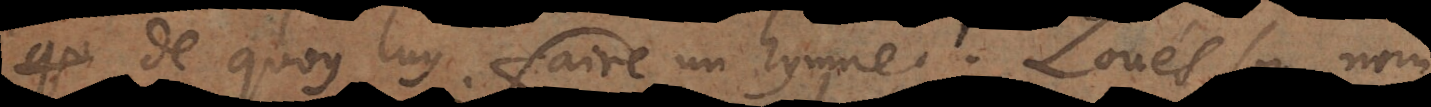
qu de quoy luy faire un hymne. Loués son